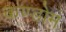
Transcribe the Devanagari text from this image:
कण्डोम